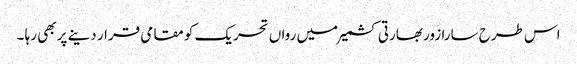
اس طرح سارا زور بھارتی کشمیر میں رواں تحریک کو مقامی قرار دینے پر بھی رہا ۔